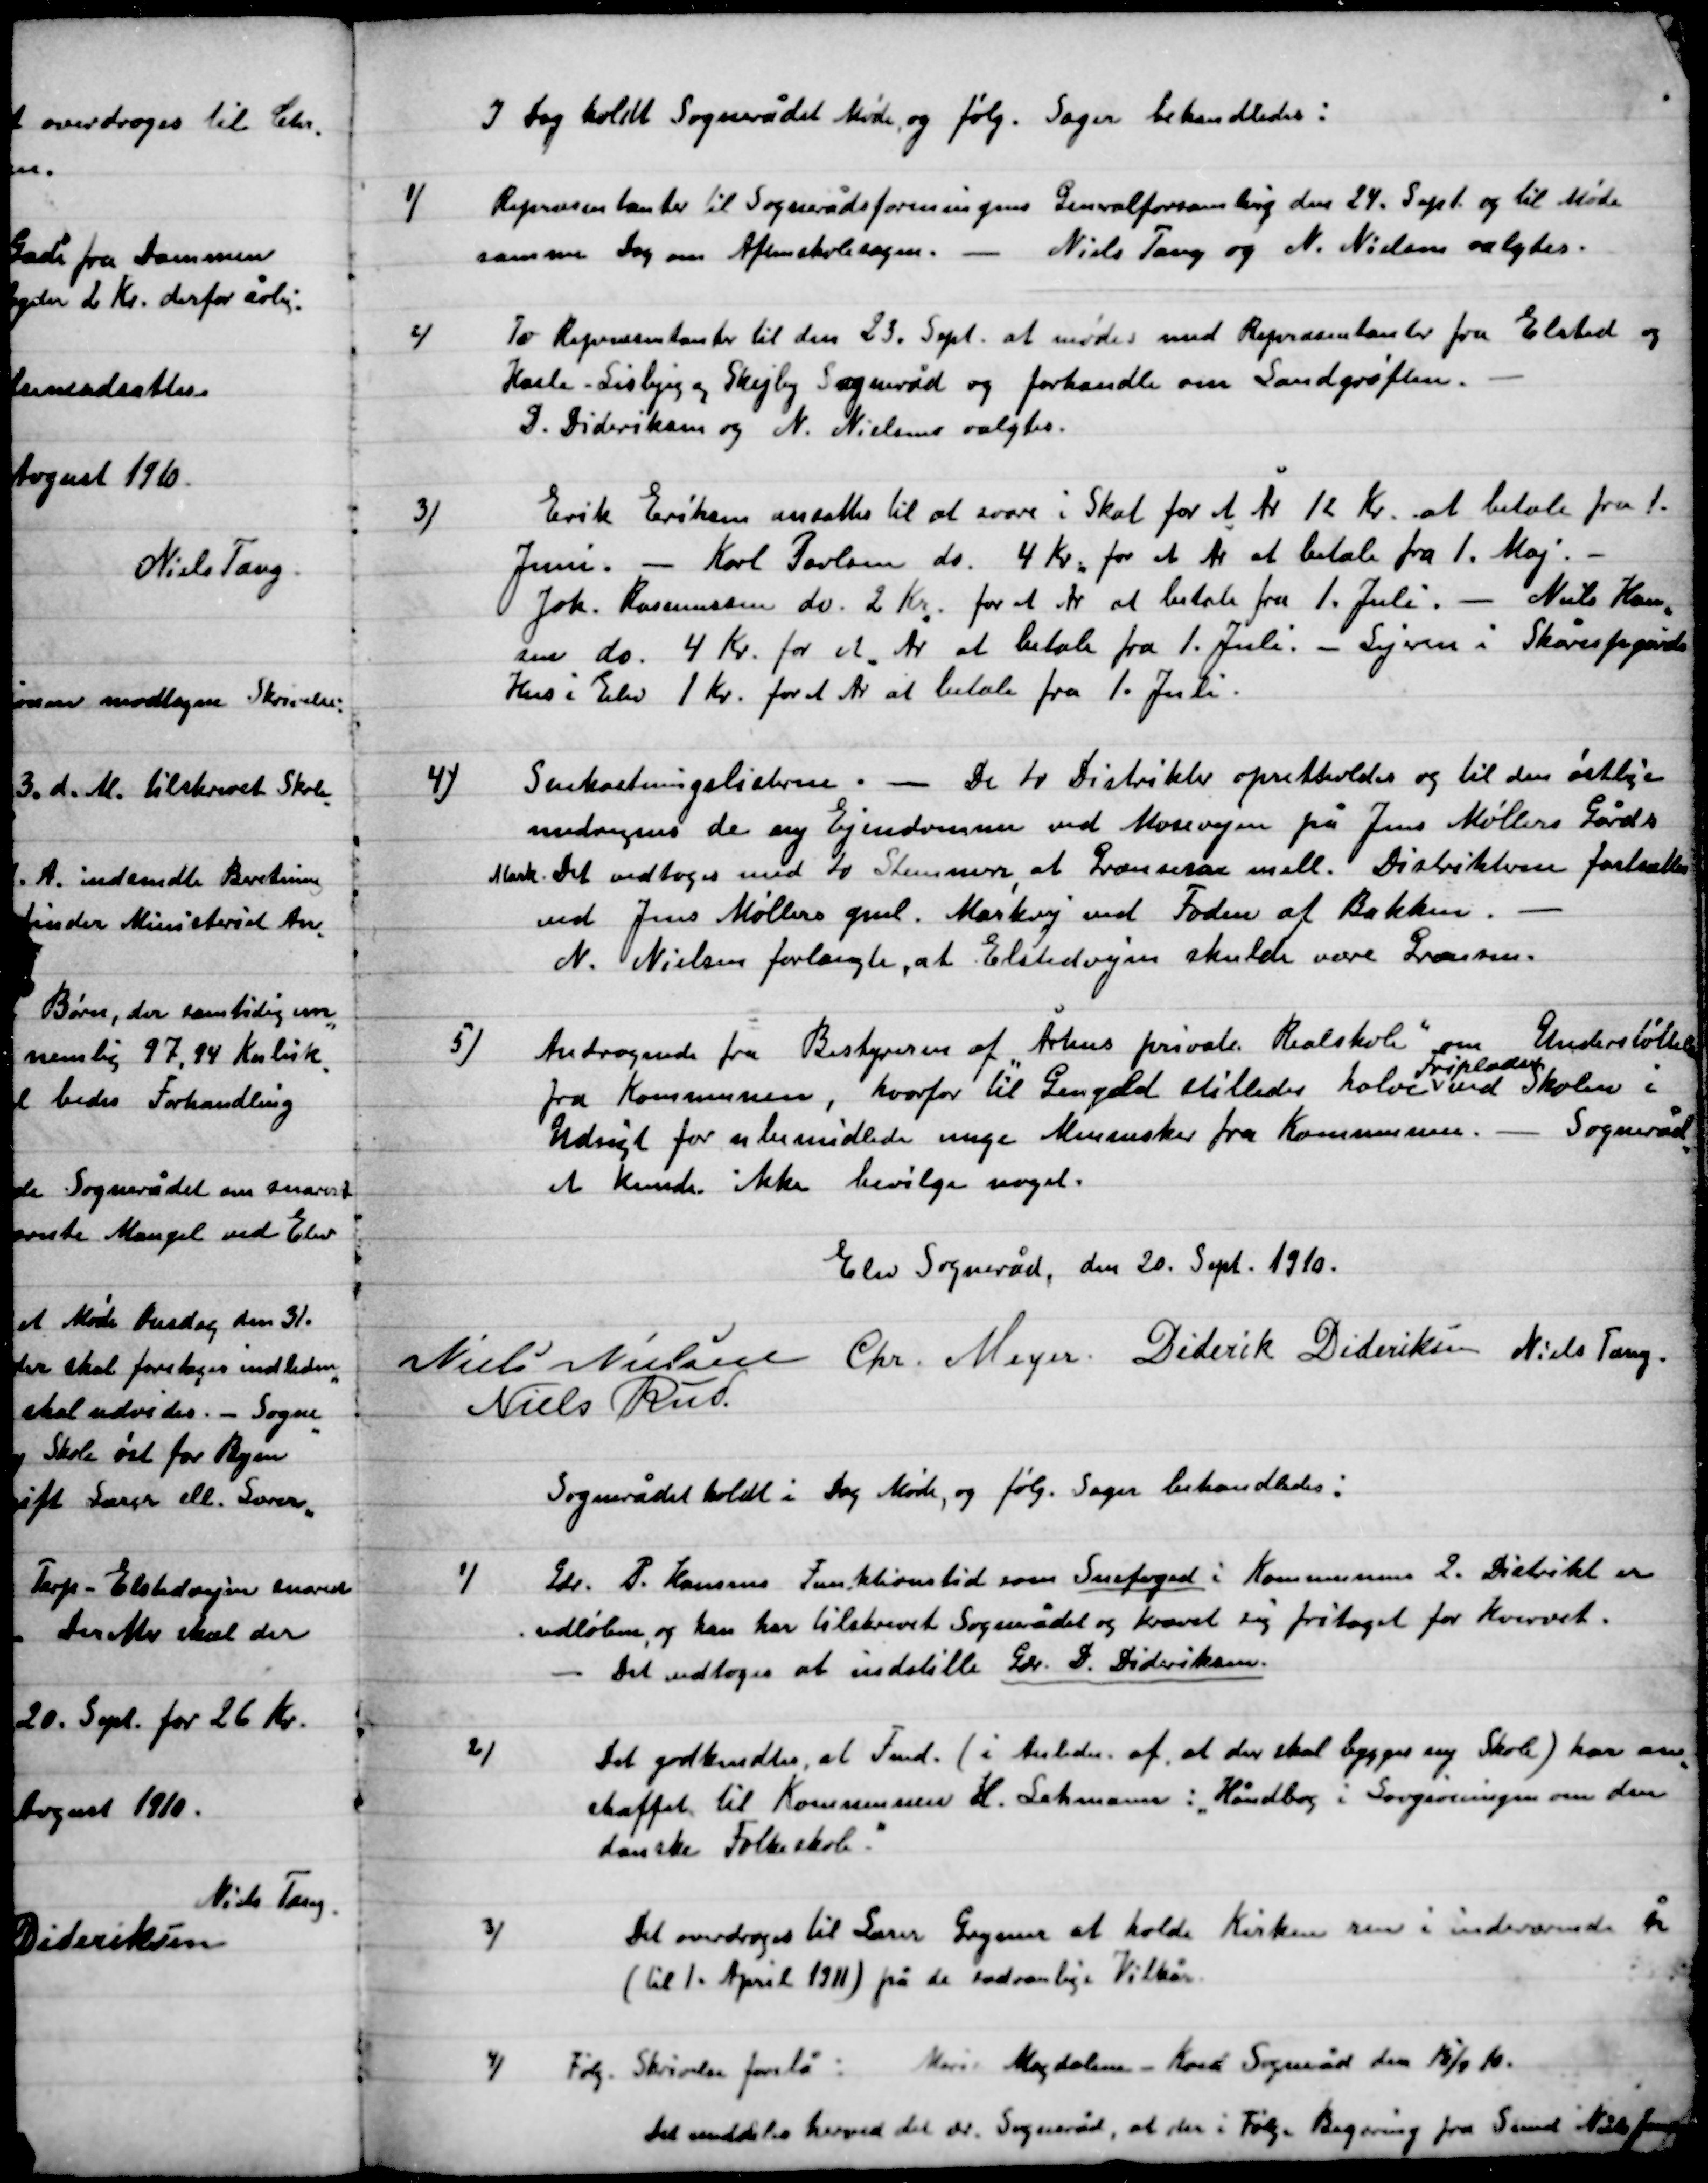
Transskription:
I Dag holdt Sognerådet Møde og følg. Sager Behandledes:

1)

Repræsentanter til Sognerådsforeningens Generalforsamling den 24. Sept. og til Møde
samme Dag om Aftenskolesogn. – Niels Tang og N. Nielsen valgtes.

2)

To Repræsentanter til den 23. Sept. at mødet med Repræsentanter fra Elsted og
Hasle-Lisbjerg og Skejby Sogneråd og forhandle om Sandgrøften.
D. Dideriksen og N. Nielsen valgtes.

3)

Erik Eriksen ansattes at svare i Skat for et År. 12 Kr. at betale fra
Juni. – Karl Poulsen do. 4 Kr. for et År at betale fra 1. Maj. -
Joh. Rasmussen do. 2 Kr. for at betale fra 1. Juli. – Niels Han-
sen do. 4 Kr. for et År at betale fra 1. Juli. – Lejeren i Skaarupgaards
Hus i Elev 1 Kr. for et År at betale fra 1. Juli.

4)

Snekastningslisterne. – De to Distrikter opretholdes og til den østlige
modregnes de ny Ejendomme ved Mosevejen på Jens Møllers Gårds
Mark. Det vedtoges med to stemmer, at  mell. Distrikterne fastsættes
ved Jens Møllers gavl. Markvej ved Foden af Bækken. –
Niels Tang forlangte, at Elstedvejen skulde være .

5)

Andragende fra Bestyrelsen af ”Århus private Realskole” om Understøttelse
fra Kommunen, hvorfor til Gengæld stillede halve
Fripladser
ved Skolen i
Udsigt for ubemidlede unge Mennesker fra Kommunen. – Sogneråd-
et kunde ikke bevilge noget.

Elev Sogneråd, den 20. Sept. 1910.

Niels Nielsen
Chr. Meyer
Diderik Dideriksen
Niels Tang.
Niels Rud

Sognerådet holdt i Dag Møde, og følg. Sager Behandledes:

1)

Gdr. P. Hansens Funktionstid som Snefoged i Kommunen. 2. distrikt er
udløben, og han tilskrevet Sognerådet og krævet sig fritaget for Hvervet.
-	Det vedtoges at indstille Gdr. D. Dideriksen.

2)

Det godkendtes, at Fmd. (i Anledn. af at der skal bygges ny Skole) har an-
skaffet til Kommunen H. Lehmann: ”Håndbog i Lovgivningen om den
danske Folkeskole,”

3)

Det overdroges til Lærer Grymer at holde Kirken ren i indeværende År
(til 1. April 1911) på de sædvanlige Vilkår.

4)

Følg. Skrivelse forelå: Marie Madalena Koed Sogneråd den 15/9 10.
Det meddeles herved det ær. Sogneråd, at der i følg. Beregning fra Svend Niels Jensen